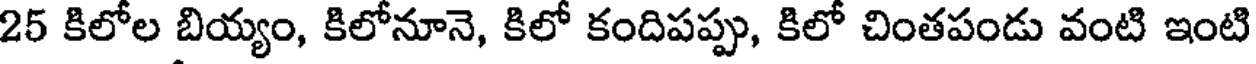
25 కిలోల బియ్యం, కిలోనూనె, కిలో కందిపప్పు, కిలో చింతపండు వంటి ఇంటి